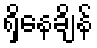
ရှိနေချိန်